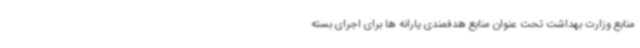
منابع وزارت بهداشت تحت عنوان منابع هدفمندی یارانه ها برای اجرای بسته